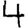
Digit: 4